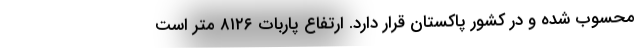
محسوب شده و در کشور پاکستان قرار دارد. ارتفاع پاربات ۸۱۲۶ متر است